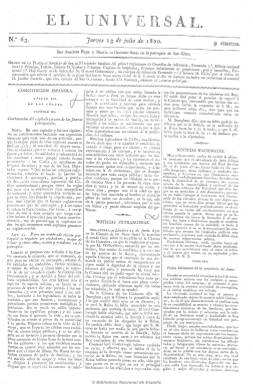
Título: El Universal (Madrid. 1820)
Colección: Periódicos anteriores a 1850
Ámbito geográfico: Madrid
Lugar de publicación: Madrid
Fechas: 13/07/1820-23/04/1823

Es continuación de El universal observador español, que como diario había empezado a publicarse el 12 de mayo de 1820, y que a partir del 13 de julio del mismo año reduce su título a El universal, hasta que publica su último número el 23 de abril de 1823, por lo que es uno de los periódicos más longevos del Trienio Liberal, considerado, además como el mejor y más moderno del periodo, a juicio incluso de sus mismos coetáneos.

De tendencia constitucionalista y liberal templada, se le moteja también de ser más bien ilustrado, y de ser además brazo informativo de los gobiernos moderados del periodo, “destinado a encauzar la revolución liberal, alejándola del peligro de los extremismos”, según Agustín Martínez de las Heras, uno de los más significativos estudiosos de este periódico.

Continúa la numeración de su antecesor y sigue saliendo de su propia imprenta, en números de cuatro páginas y a tres columnas, con un carácter riguroso e informativo, pero también ofreciendo artículos de fondo y doctrinales en una sección que denomina Variedades. Asimismo polemiza con el resto de la prensa del trienio, tanto la liberal como la antiliberal.

Fue dirigido por el afrancesado Manuel José Narganes, y en el colaboran el eclesiástico Juan González Caborreluz, del que se dice que fue su fundador, así como José Galdeano, entre otros.

Se trata de un diario innovador y de gran tamaño para la época, estructurado en secciones, con noticias de España y del extranjero, dedicándole especial interés a las referentes a ultramar o de hispanoamérica, pero también a las locales, además de incluir crónicas parlamentarias y de tribunales y extractos sobre la producción legislativa del periodo.

Véase El universal observador español en esta misma Hemeroteca Digital.